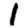
Digit: 1